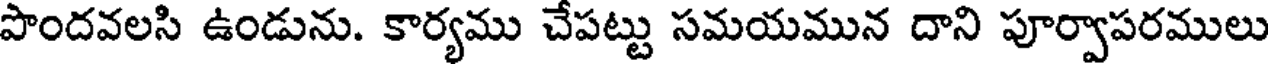
పొందవలసి ఉండును. కార్యము చేపట్టు సమయమున దాని పూర్వాపరములు